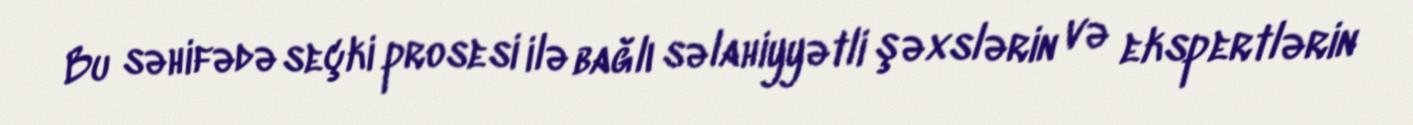
Bu səhifədə seçki prosesi ilə bağlı səlahiyyətli şəxslərin və ekspertlərin